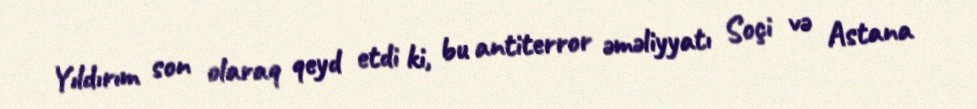
Yıldırım son olaraq qeyd etdi ki, bu antiterror əməliyyatı Soçi və Astana